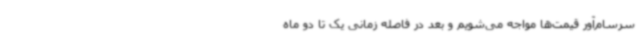
سرسام‌آور قیمت‌ها مواجه می‌شویم و بعد در فاصله زمانی یک تا دو ماه